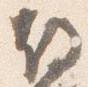
故